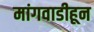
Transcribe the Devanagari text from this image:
मांगवाडीहून